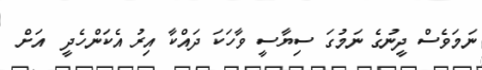
ނަމަވެސް ދީނުގެ ނަމުގަ ސިޔާސީ ވާހަކަ ދައްކާ އިރު އެކަންހެދީ  އަށް